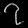
Digit: ၇